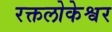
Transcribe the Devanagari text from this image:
रक्तलोकेश्वर